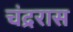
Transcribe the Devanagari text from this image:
चंद्ररास